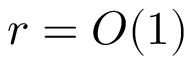
r = O ( 1 )